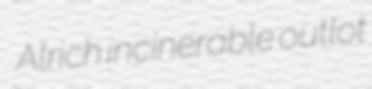
Alrich incinerable outlot